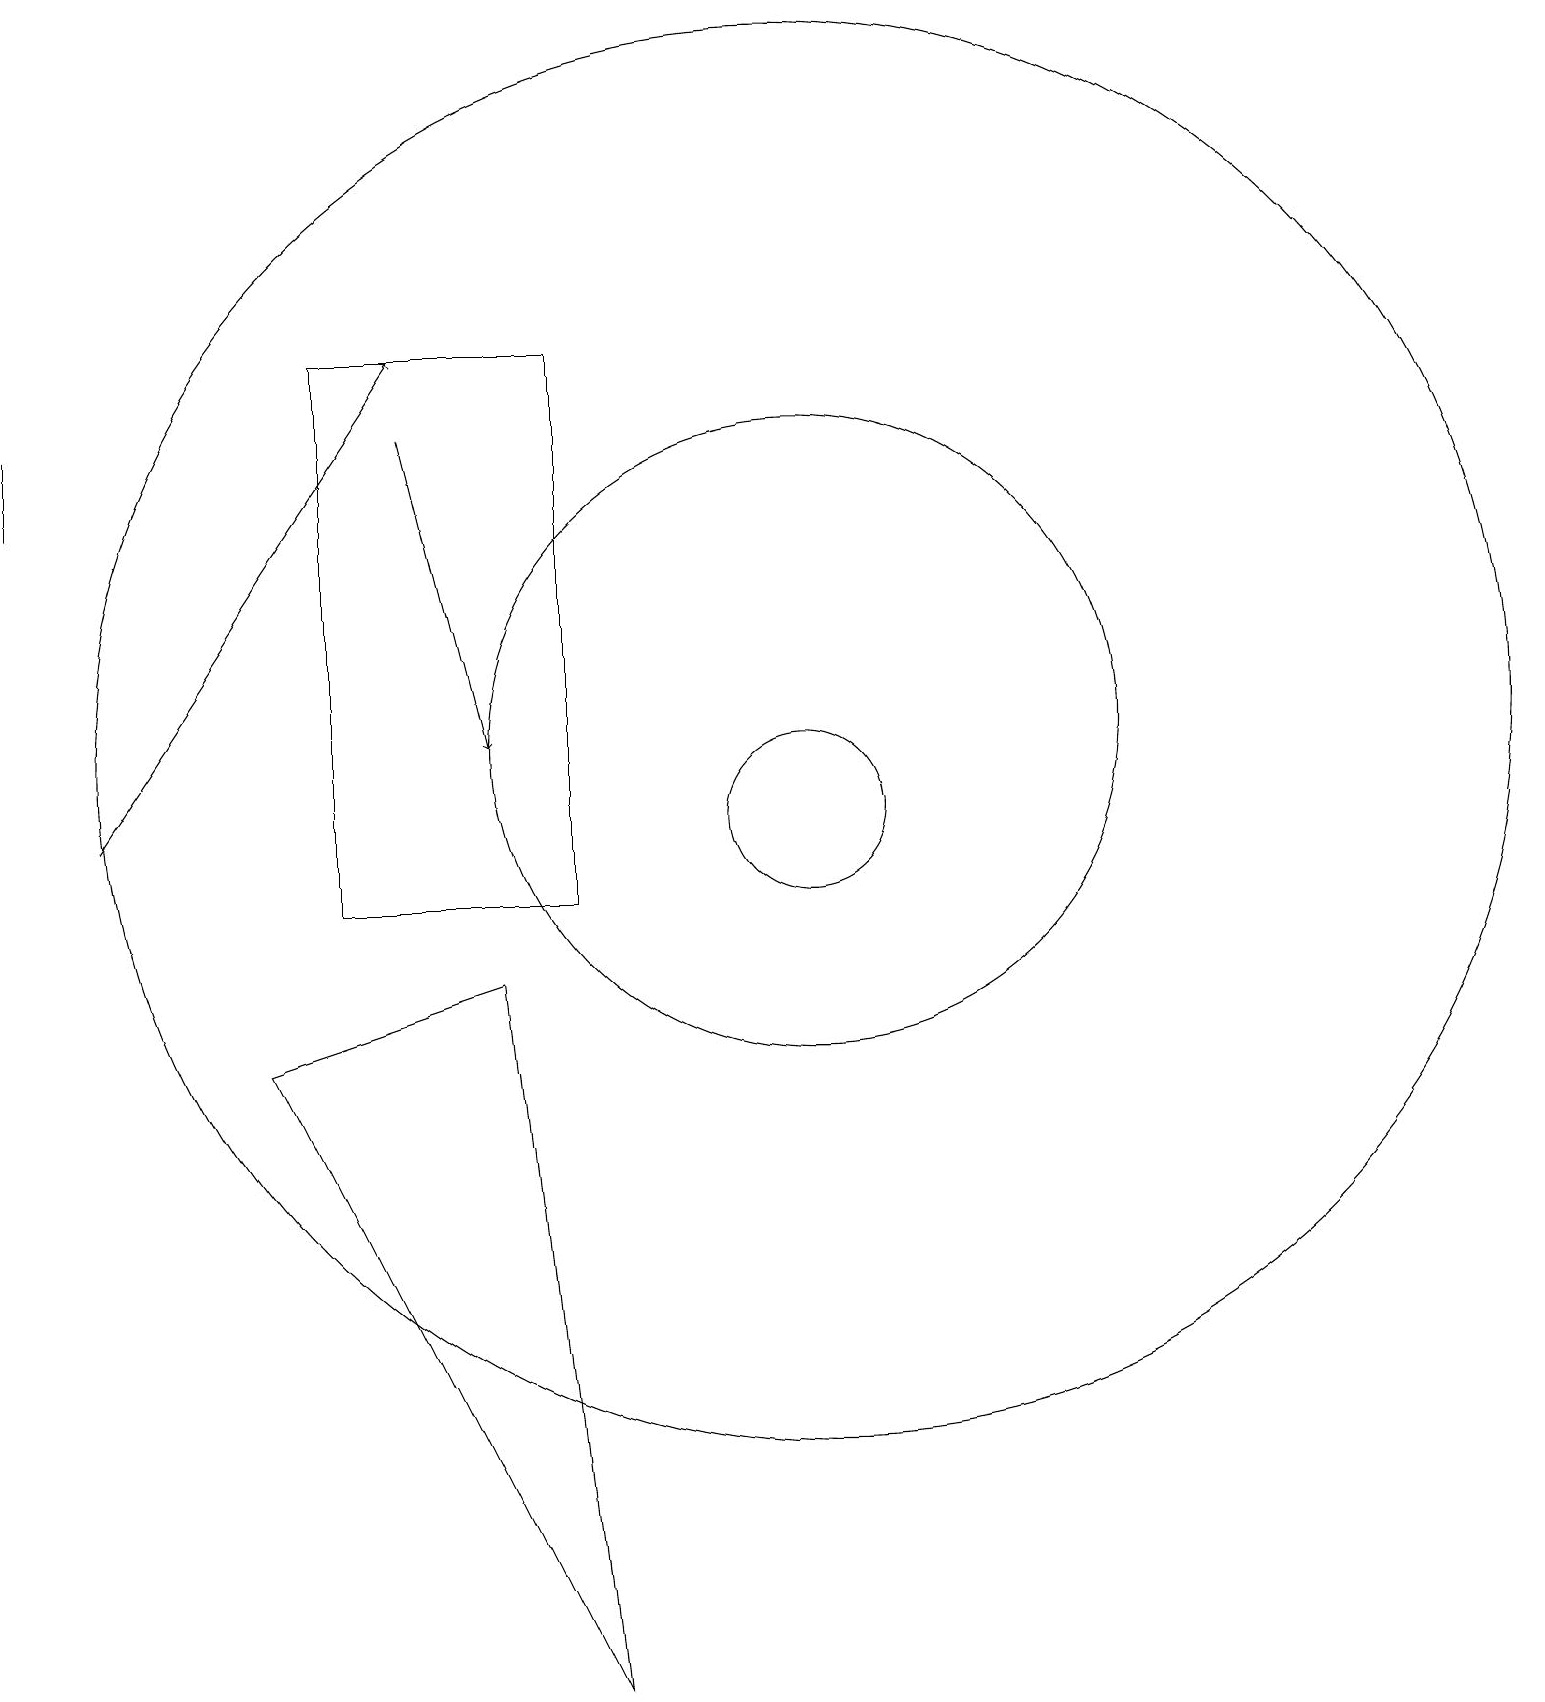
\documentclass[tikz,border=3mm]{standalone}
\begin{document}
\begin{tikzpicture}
\draw (1,16) rectangle (1,15);
\draw (11,12) circle (9);
\draw[->] (6,16) -- (7,12);
\draw[->] (2,11) -- (6,17);
\draw (5,10) rectangle (8,17);
\draw (4,8) -- (8,0) -- (7,9) -- cycle;
\draw (11,12) circle (4);
\draw (11,11) circle (1);
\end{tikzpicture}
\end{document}